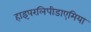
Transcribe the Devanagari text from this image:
हाइपरलिपीडाएमिया